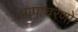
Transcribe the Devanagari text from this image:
पापाचरणों